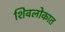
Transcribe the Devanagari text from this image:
शिवलोकात